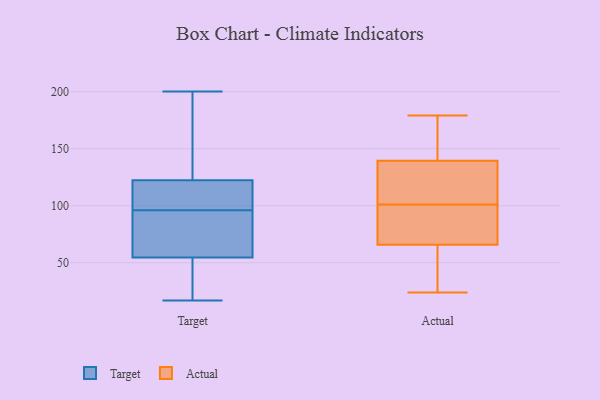
{"axis": {"x": "Net Income (USD K)", "y": "Value"}, "legend": ["Actual", "Target"], "data": [{"x": "", "y": 41, "type": "Target"}, {"x": "", "y": 17, "type": "Target"}, {"x": "", "y": 53, "type": "Target"}, {"x": "", "y": 121, "type": "Target"}, {"x": "", "y": 126, "type": "Target"}, {"x": "", "y": 55, "type": "Target"}, {"x": "", "y": 156, "type": "Target"}, {"x": "", "y": 104, "type": "Target"}, {"x": "", "y": 94, "type": "Target"}, {"x": "", "y": 96, "type": "Target"}, {"x": "", "y": 130, "type": "Target"}, {"x": "", "y": 107, "type": "Target"}, {"x": "", "y": 18, "type": "Target"}, {"x": "", "y": 78, "type": "Target"}, {"x": "", "y": 113, "type": "Target"}, {"x": "", "y": 80, "type": "Target"}, {"x": "", "y": 200, "type": "Target"}, {"x": "", "y": 24, "type": "Actual"}, {"x": "", "y": 132, "type": "Actual"}, {"x": "", "y": 101, "type": "Actual"}, {"x": "", "y": 101, "type": "Actual"}, {"x": "", "y": 162, "type": "Actual"}, {"x": "", "y": 179, "type": "Actual"}, {"x": "", "y": 68, "type": "Actual"}, {"x": "", "y": 126, "type": "Actual"}, {"x": "", "y": 86, "type": "Actual"}, {"x": "", "y": 59, "type": "Actual"}, {"x": "", "y": 116, "type": "Actual"}, {"x": "", "y": 26, "type": "Actual"}, {"x": "", "y": 166, "type": "Actual"}]}